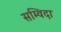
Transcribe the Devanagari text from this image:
सम्विदा